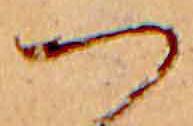
つ